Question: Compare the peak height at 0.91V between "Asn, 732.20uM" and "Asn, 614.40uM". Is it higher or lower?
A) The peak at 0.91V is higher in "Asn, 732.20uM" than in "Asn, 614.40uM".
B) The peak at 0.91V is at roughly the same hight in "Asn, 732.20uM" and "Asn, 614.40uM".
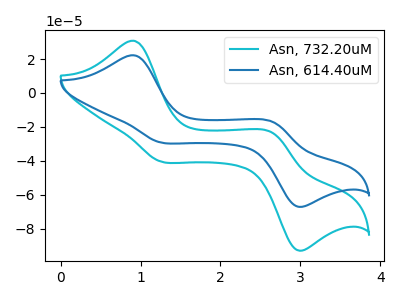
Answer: <think>The cyan curve "Asn, 732.20uM" has anodic peaks at (0.90V, 30.75uA) (2.65V, -23.40uA) and cathodic peaks at (1.25V, -40.20uA) (2.95V, -92.35uA). The blue curve "Asn, 614.40uM" has anodic peaks at (0.90V, 22.20uA) (2.65V, -16.90uA) and cathodic peaks at (1.25V, -29.05uA) (2.95V, -66.70uA).</think>
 <answer>A) The peak at 0.91V is higher in "Asn, 732.20uM" than in "Asn, 614.40uM".</answer>
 <eval>A</eval>